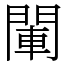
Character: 閳